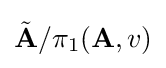
{\tilde {\mathbf {A} }}/\pi _{1}(\mathbf {A} ,v)